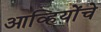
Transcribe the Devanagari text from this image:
आव्हियोंचे